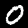
Label: 0